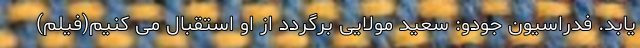
یابد. فدراسیون جودو: سعید مولایی برگردد از او استقبال می کنیم(فیلم)